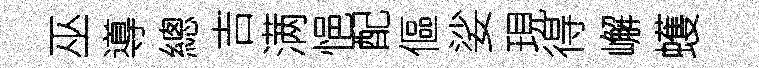
巫導總吉满悒配傴娑現得嶰蠖